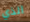
الذي